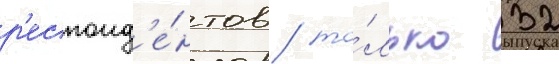
р'еспонд'е́нтов / то́лько 32